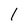
Character: 1